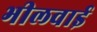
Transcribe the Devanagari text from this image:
भीलवाई